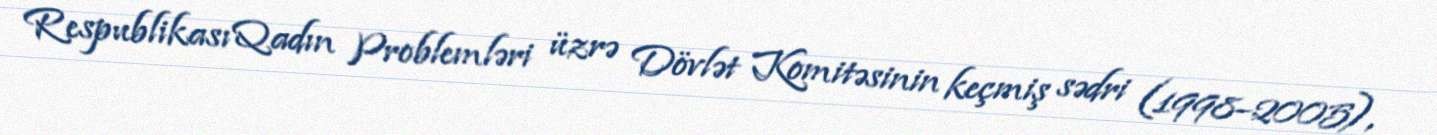
Respublikası Qadın Problemləri üzrə Dövlət Komitəsinin keçmiş sədri (1998–2005),